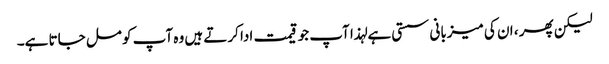
لیکن پھر ، ان کی میزبانی سستی ہے لہذا آپ جو قیمت ادا کرتے ہیں وہ آپ کو مل جاتا ہے۔